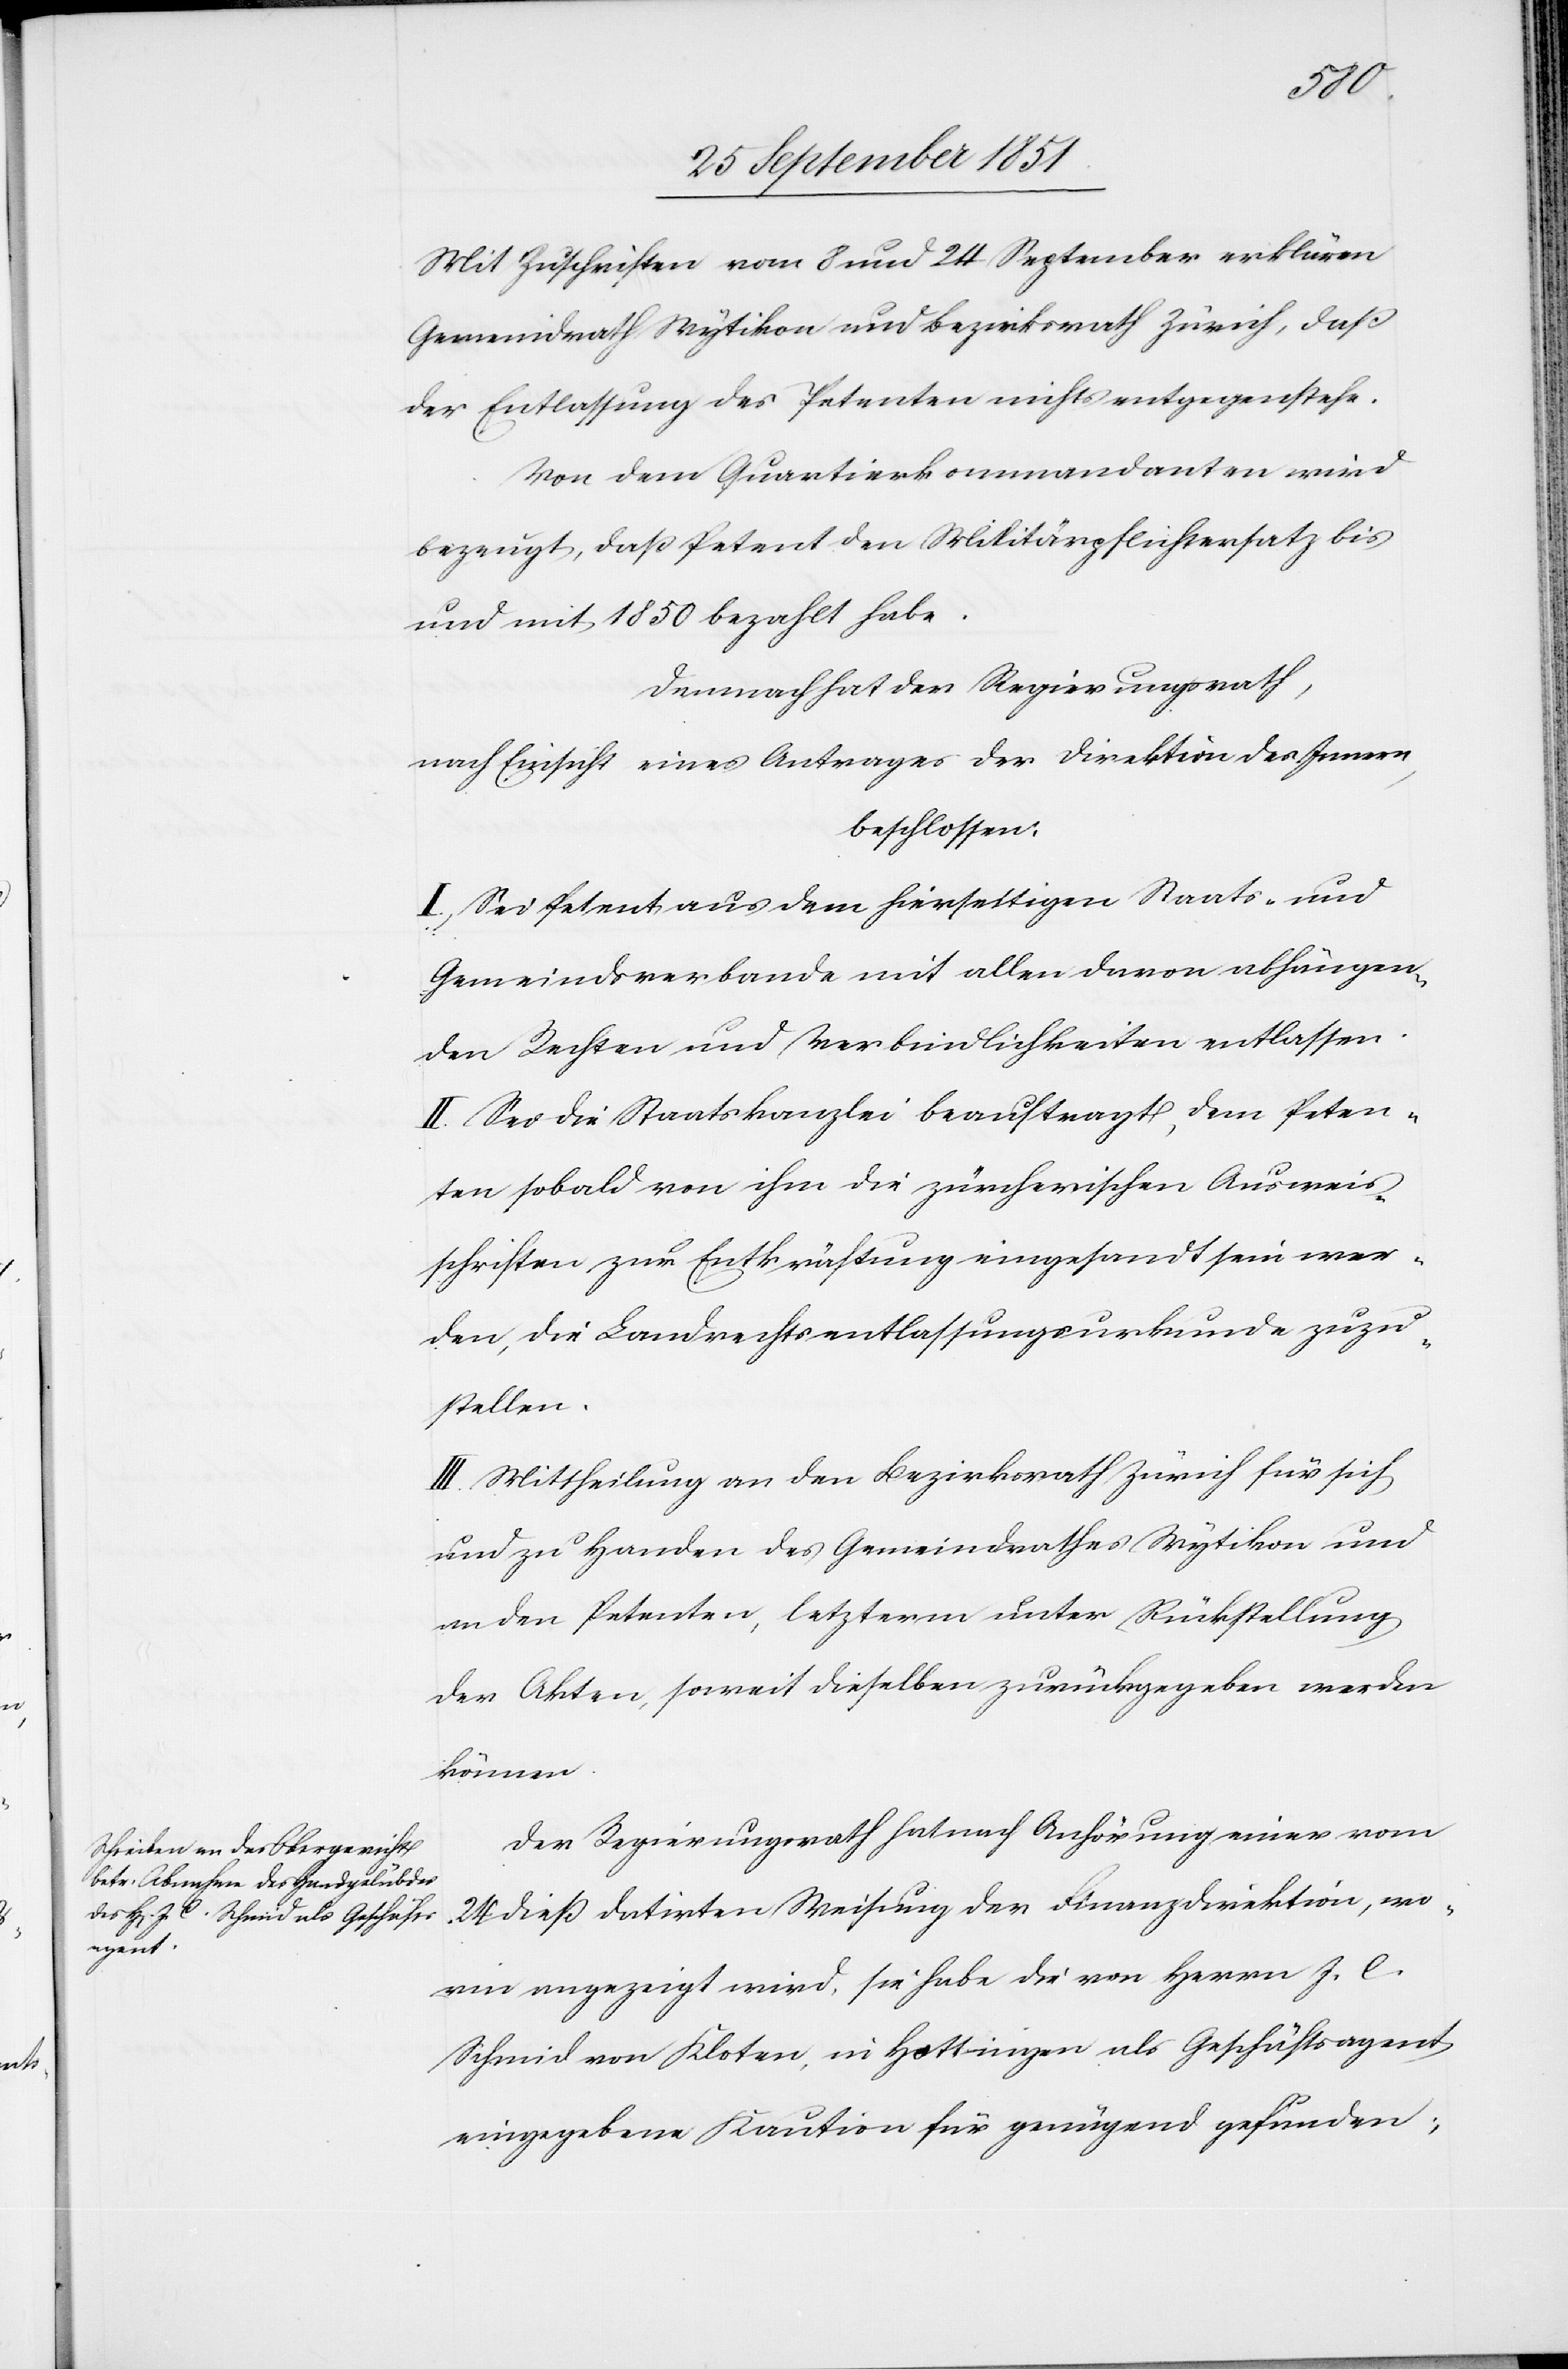
Mit Zuschriften vom 8 und 24 September erklären
Gemeindrath Wytikon und Bezirksrath Zürich, daß
der Entlassung des Petenten nichts entgegenstehe.
Von dem Quartierkommandanten wird
bezeugt, daß Petent den Militärpflichtersatz bis
und mit 1850 bezahlt habe.
Demnach hat der Regierungsrath,
nach Einsicht eines Antrages der Direktion des Innern,
beschlossen:
I., Sei Petent aus dem hierseitigen Staats- und
Gemeindsverbande mit allen davon abhängen¬
den Rechten und Verbindlichkeiten entlassen.
II. Sei die Staatskanzlei beauftragt, dem Peten¬
ten sobald von ihm die zürcherischen Ausweis¬
schriften zur Entkräftung eingesandt sein wer¬
den, die Landrechtsentlassungsurkunde zuzu¬
stellen.
III. Mittheilung an den Bezirksrath Zürich für sich
und zu Handen des Gemeindrathes Wytikon und
an den Petenten, letzterm unter Rückstellung
der Akten, soweit dieselben zurückgegeben werden
können.
Der Regierungsrath hat nach Anhörung einer vom
24 dieß datirten Weisung der Finanzdirektion, wo¬
rin angezeigt wird, sie habe die von Herrn J. C.
Schmid von Kloten, in Hottingen als Geschäftsagent
eingegebene Kaution für genügend gefunden;